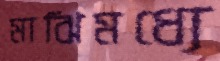
মাঝিমধ্যে